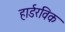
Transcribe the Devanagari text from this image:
हार्डरविक